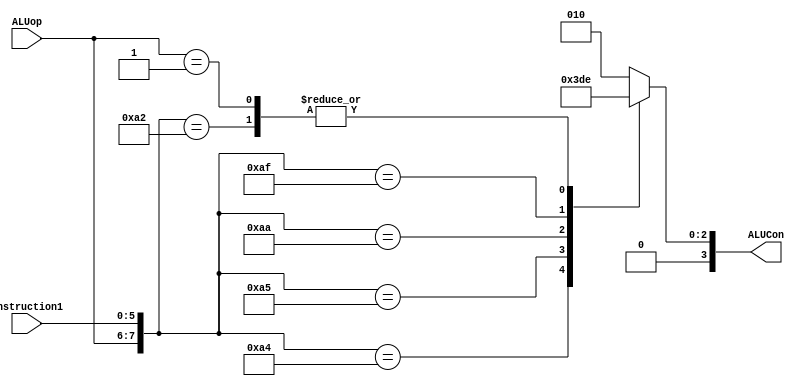
module ALUControl(instruction1,ALUop,ALUCon);
	input [5:0] instruction1;
	input [1:0]ALUop;
	output reg [3:0] ALUCon;
	wire [7:0] ALUControlIn;  
	assign ALUControlIn = {ALUop,instruction1};
	
	always@(*)
	begin
		casex(ALUControlIn)
			8'b10100000: ALUCon=4'b0010;//ADD
			8'b10100010: ALUCon=4'b0110;//SUB
			8'b10100100: ALUCon=4'b0000;//AND
			8'b10100101: ALUCon=4'b0001;//OR
			8'b10101010: ALUCon=4'b0111;//SLT
			8'b10101111: ALUCon=4'b0011;//NOR
			8'b01xxxxxx: ALUCon=4'b0110;//BEQ & BNE
			8'b00xxxxxx: ALUCon=4'b0010;//lw sw jmp addi
			default: ALUCon=4'b0010;
		endcase
	end
	
endmodule